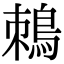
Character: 𪀜